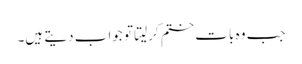
جب وہ بات ختم کرلیتا تو جواب دیتے ہیں۔